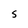
Character: s